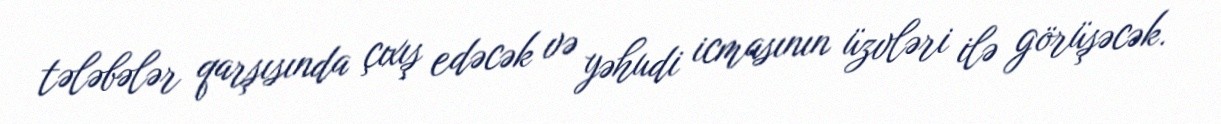
tələbələr qarşısında çıxış edəcək və yəhudi icmasının üzvləri ilə görüşəcək.